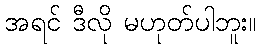
အရင် ဒီလို မဟုတ်ပါဘူး။